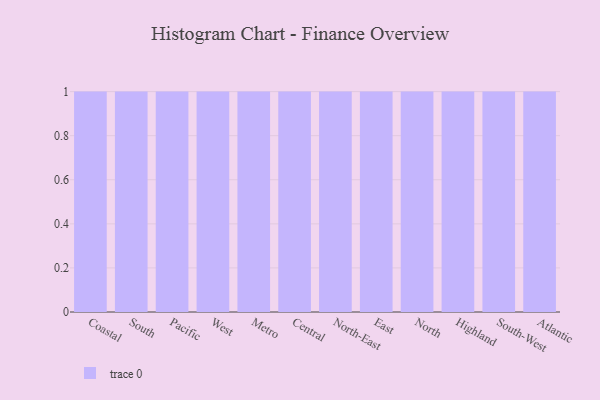
{"axis": {"x": "Region", "y": "Churn Rate (%)"}, "legend": [""], "data": [{"x": "Coastal", "y": 49, "type": ""}, {"x": "South", "y": 63, "type": ""}, {"x": "Pacific", "y": 14, "type": ""}, {"x": "West", "y": 35, "type": ""}, {"x": "Metro", "y": 73, "type": ""}, {"x": "Central", "y": 7, "type": ""}, {"x": "North-East", "y": 98, "type": ""}, {"x": "East", "y": 84, "type": ""}, {"x": "North", "y": 63, "type": ""}, {"x": "Highland", "y": 64, "type": ""}, {"x": "South-West", "y": 97, "type": ""}, {"x": "Atlantic", "y": 57, "type": ""}]}